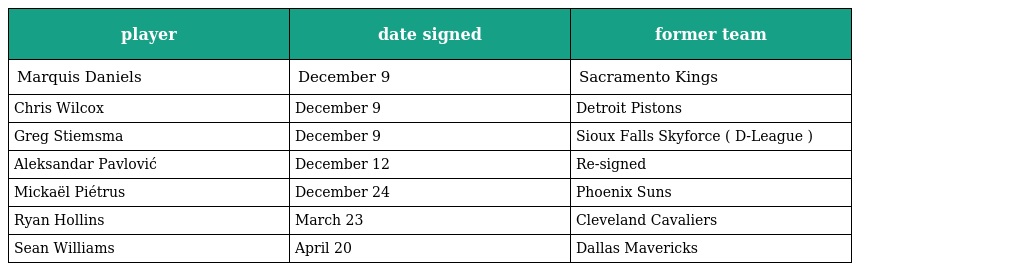
| player | date signed | former team |
 | --- | --- | --- |
 | Marquis Daniels | December 9 | Sacramento Kings |
 | Chris Wilcox | December 9 | Detroit Pistons |
 | Greg Stiemsma | December 9 | Sioux Falls Skyforce ( D-League ) |
 | Aleksandar Pavlović | December 12 | Re-signed |
 | Mickaël Piétrus | December 24 | Phoenix Suns |
 | Ryan Hollins | March 23 | Cleveland Cavaliers |
 | Sean Williams | April 20 | Dallas Mavericks |